Lunatic asylums Punjab 1868-1880 - 1868-1880
Year: 1868
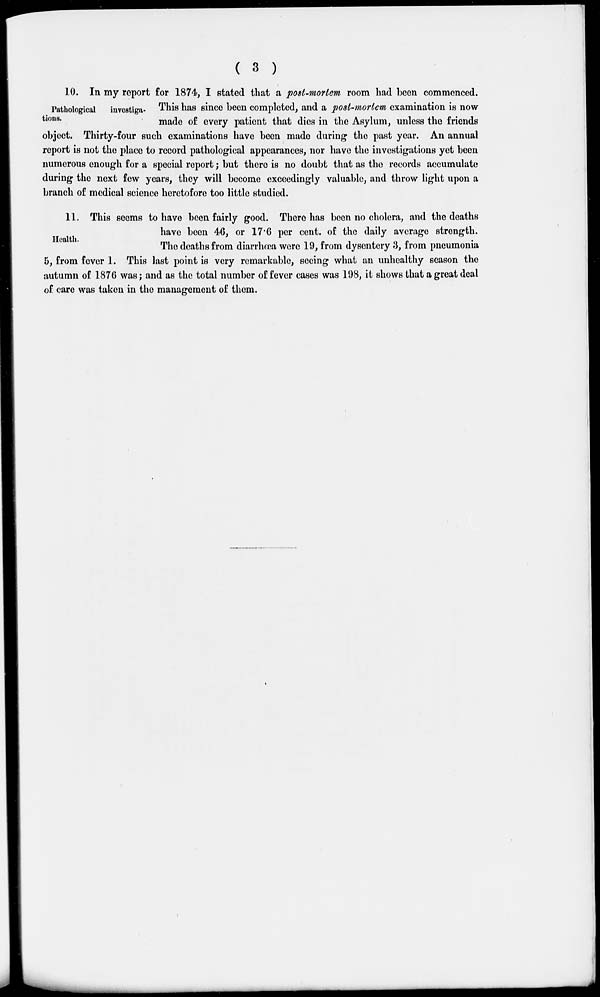
( 3 )
Pathological
investiga-
tions.
10. In my report for 1874, I stated that a post-mortem room had been commenced.
This has since been completed, and a post-mortem examination is now
made of every patient that dies in the Asylum, unless the friends
object. Thirty-four such examinations have been made during the past year. An annual
report is not the place to record pathological appearances, nor have the investigations yet been
numerous enough for a special report ; but there is no doubt that as the records accumulate
during the next few years, they will become exceedingly valuable, and throw light upon a
branch of medical science heretofore too little studied.
Health.
11. This seems to have been fairly good. There has been no cholera, and the deaths
have been 46, or 17.6 per cent, of the daily average strength.
The deaths from diarrhœa were 19, from dysentery 3, from pneumonia
5, from fever 1. This last point is very remarkable, seeing what an unhealthy season the
autumn of 1876 was; and as the total number of fever cases was 198, it shows that a great deal
of care was taken in the management of them.